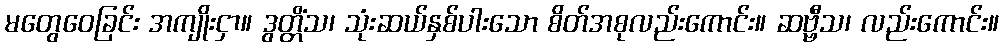
မတွေဝေခြင်း အကျိုးငှာ။ ဒွတ္တိံသ၊ သုံးဆယ်နှစ်ပါးသော စိတ်အစုလည်းကောင်း။ ဆဗ္ဗီသ၊ လည်းကောင်း။